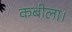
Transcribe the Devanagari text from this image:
कबीला।